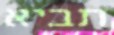
תביא